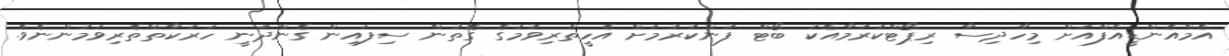
އެމްއެންޑީއެފްއަށް މިހާދިސާ ރިޕޯޓްކުރުމާއެކު ބޯޓް ފުންކުރުމަށް އެހީތެރިވުމުގެ ގޮތުން ސިފައިން ގެންދަނީ ހަރަކާތްތެރިވަމުންނެވެ.